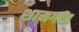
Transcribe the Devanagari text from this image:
शामगांव